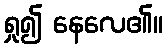
ရှု၍ နေလေ၏။